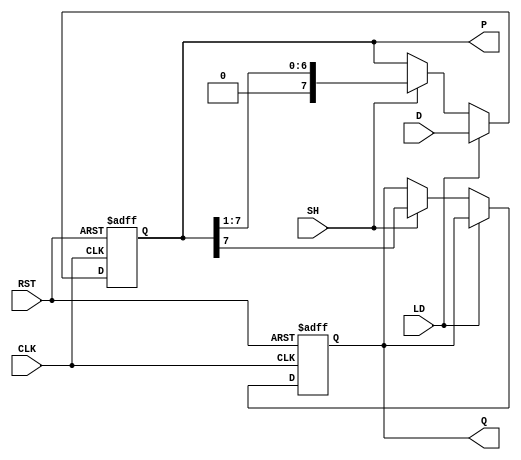
module piso_register #(
    parameter n = 8  // Width of the register
)(
    input  wire [n-1:0] D,  // Parallel data input
    input  wire LD,          // Load signal
    input  wire SH,          // Shift signal
    input  wire CLK,         // Clock signal
    input  wire RST,         // Reset signal
    output reg Q,            // Serial output
    output reg [n-1:0] P     // Parallel output (optional)
);

    reg [n-1:0] reg_data;    // Internal register storage

    // Asynchronous reset and loading/shift operation
    always @(posedge CLK or posedge RST) begin
        if (RST) begin
            reg_data <= {n{1'b0}}; // Asynchronously reset the register to 0
            Q <= 1'b0;             // Reset serial output
        end else begin
            if (LD) begin
                reg_data <= D;     // Load parallel data into the register
            end else if (SH) begin
                Q <= reg_data[n-1]; // Shift out the MSB to serial output
                reg_data <= {1'b0, reg_data[n-1:1]}; // Shift right and fill with 0
            end
        end
    end

    // Output the current contents of the register for observation
    always @(*) begin
        P = reg_data; // Parallel output
    end

endmodule